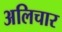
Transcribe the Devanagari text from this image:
अलिचार